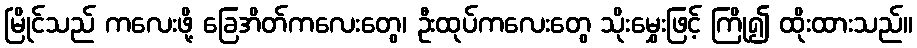
မြိုင်သည် ကလေးဖို့ ခြေအိတ်ကလေးတွေ၊ ဦးထုပ်ကလေးတွေ သိုးမွှေးဖြင့် ကြို၍ ထိုးထားသည်။